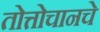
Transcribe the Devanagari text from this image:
तोत्तोचानचे